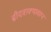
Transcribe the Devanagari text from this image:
ब्रीदवाक्यावरून